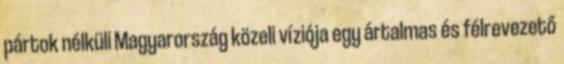
pártok nélküli Magyarország közeli víziója egy ártal­mas és félrevezető